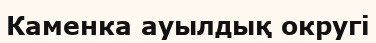
Каменка ауылдық округі